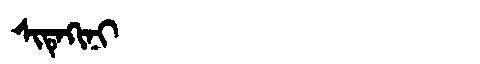
Manchu: ᠰᡳᡨᡝᡴᡳᠨᡳ
Romanization: SITEKINI